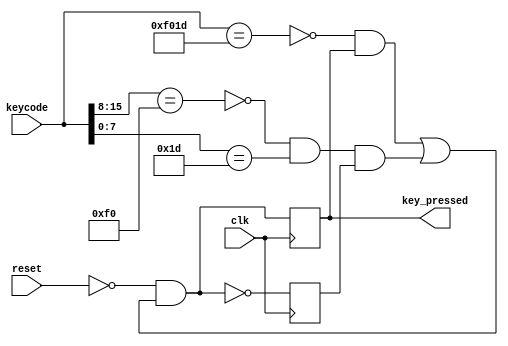
module key_fsm(output key_pressed, input [15:0] keycode, input clk, input reset);
    parameter
        desired_key_id = 8'h1d;

    reg s_non_pressed = 1'b1; //inited to be 1
    reg s_pressed;

    wire [7:0] desired_main_code = desired_key_id; //hardcoded to assigned value
    wire [15:0] lift_key_code = {8'hF0, desired_main_code};

    wire true_press_key = ~(keycode[15:8] == 8'hF0) & (keycode[7:0] == desired_main_code);
    wire lifted = (keycode == lift_key_code);
    //wire s_non_pressed_next = reset | (lifted & s_pressed) | (~true_press_key & s_non_pressed);
    wire s_pressed_next = ~reset & ((~lifted & s_pressed) | (true_press_key & s_non_pressed));
    wire s_non_pressed_next = ~s_pressed_next;

    always @ (posedge clk) begin
        s_non_pressed <= s_non_pressed_next;
        s_pressed <= s_pressed_next;
    end

    assign key_pressed = s_pressed;
endmodule